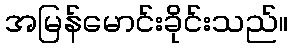
အမြန်မောင်းခိုင်းသည်။